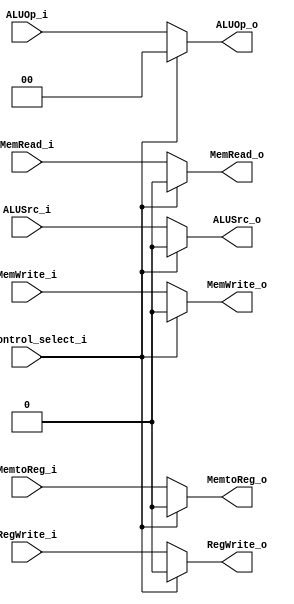
module MUX_Control
(
	MUX_Control_select_i,
	ALUOp_i,
	ALUSrc_i,
	MemRead_i,
	MemWrite_i,
	RegWrite_i,	
	MemtoReg_i,			
	ALUOp_o,
	ALUSrc_o,
	MemRead_o,
	MemWrite_o,
	RegWrite_o,
	MemtoReg_o
);

input  MUX_Control_select_i;
input  [1:0]  ALUOp_i;
input  ALUSrc_i;
input  MemRead_i;
input  MemWrite_i;
input  RegWrite_i;
input  MemtoReg_i;

//TODO : magic : my hypothesis is : if the conditions are x, then (1) using assign : else : still be x (2) as Forward.v
//TODO : new hypothesis : " ()? 1'b1:1'b0 " will not choose else if the conditions are x
output reg [1:0]  ALUOp_o;
output reg ALUSrc_o;
output reg MemRead_o;
output reg MemWrite_o;
output reg RegWrite_o;
output reg MemtoReg_o;
initial begin
	ALUOp_o = 2'b00;
	ALUSrc_o = 1'b0;
	MemRead_o = 1'b0;
	MemWrite_o = 1'b0;
	RegWrite_o = 1'b0;
	MemtoReg_o = 1'b0;
end
/*
output [1:0]  ALUOp_o;
output  ALUSrc_o;
output  MemRead_o;
output  MemWrite_o;
output  RegWrite_o;
output  MemtoReg_o;
*/
/*assign ALUOp_o = (MUX_Control_select_i == 1'b0)? {ALUOp_i} : {2'b00};
assign ALUSrc_o = (MUX_Control_select_i == 1'b0)? {ALUSrc_i} : {1'b0};
assign MemRead_o = (MUX_Control_select_i == 1'b0)? {MemRead_i} : {1'b0};
assign MemWrite_o = (MUX_Control_select_i == 1'b0)? {MemWrite_i} : {1'b0};
assign RegWrite_o = (MUX_Control_select_i == 1'b0)? {RegWrite_i} : {1'b0};
assign MemtoReg_o = (MUX_Control_select_i == 1'b0)? {MemtoReg_i} : {1'b0};
*/

//TODO : magic : my hypothesis is : if the conditions are x, then (1) using assign : else : still be x (2) as Forward.v
always @(*) begin
	//TODO : new hypothesis : " ()? 1'b1:1'b0 " will not choose else if the conditions are x
	//TODO : why this won't have x initially ?? because MUX_Control_select_i is given by MUX_Control_select_reg in CPU.v , who is initialized by initial block --> so actually we don't have to do the following here.
	if(MUX_Control_select_i == 1'b0)
		ALUOp_o = ALUOp_i;
	else
		ALUOp_o = 2'b00;
	if(MUX_Control_select_i == 1'b0)
		ALUSrc_o = ALUSrc_i;
	else
		ALUSrc_o = 1'b0;
	if(MUX_Control_select_i == 1'b0)
		MemRead_o = MemRead_i;
	else
		MemRead_o = 1'b0;
	if(MUX_Control_select_i == 1'b0)
		MemWrite_o = MemWrite_i;
	else
		MemWrite_o = 1'b0;
	if(MUX_Control_select_i == 1'b0)
		RegWrite_o = RegWrite_i;
	else
		RegWrite_o = 1'b0;
	if(MUX_Control_select_i == 1'b0)
		MemtoReg_o = MemtoReg_i; 
	else 
		MemtoReg_o = 1'b0;
end
endmodule